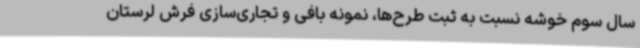
سال سوم خوشه نسبت به ثبت طرح‌ها، نمونه بافی و تجاری‌سازی فرش لرستان